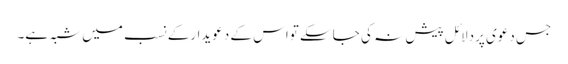
جس دعوی پردلائل پیش نہ کی جاسکے تواس کے دعویدارکے نسب میں شبہ ہے۔